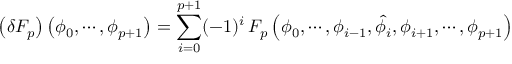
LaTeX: \left( \delta F _ { p } \right) \left( \phi _ { 0 } , \cdots , \phi _ { p + 1 } \right) = \sum _ { i = 0 } ^ { p + 1 } ( - 1 ) ^ { i } \, F _ { p } \left( \phi _ { 0 } , \cdots , \phi _ { i - 1 } , \widehat { \phi } _ { i } , \phi _ { i + 1 } , \cdots , \phi _ { p + 1 } \right)